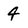
Character: 4